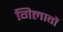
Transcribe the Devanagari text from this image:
गिलावों